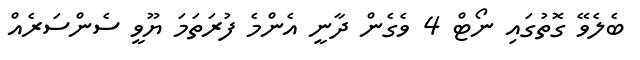
ބެލެވޭ ގޮތުގައި ނޯޓް 4 ވެގެން ދާނީ އެންމެ ފުރަތަމަ ޔޫވީ ސެންސަރެއް